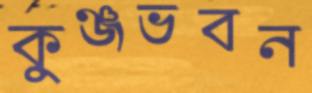
কুঞ্জভবন